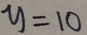
y = 1 0